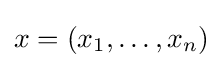
\textstyle x=(x_{1},\ldots ,x_{n})